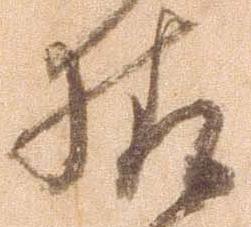
様